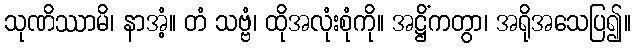
သုဏိဿာမိ၊ နာအံ့။ တံ သဗ္ဗံ၊ ထိုအလုံးစုံကို။ အဋ္ဌိံကတွာ၊ အရိုအသေပြ၍။